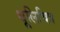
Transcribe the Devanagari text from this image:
धूलिचित्र